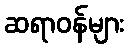
ဆရာဝန်များ